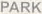
PARK